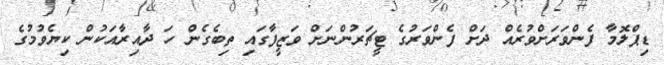
ޑިޕްލޮމާ ފެންވަރަށްވުރެއް ދަށް ފެންވަރުގެ ޓީޗަރުންނަށް ވަޒީފާގައި ތިބެގެން ހަ ދާއިރާއަކުން ކިޔެވުމުގެ